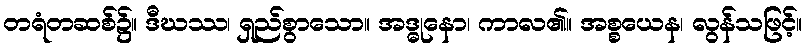
တရံတဆစ်၌။ ဒီဃဿ၊ ရှည်စွာသော။ အဒ္ဓုနော၊ ကာလ၏။ အစ္စယေန၊ လွန်သဖြင့်။